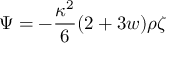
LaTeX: \Psi = - \frac { \kappa ^ { 2 } } { 6 } ( 2 + 3 w ) \rho \zeta